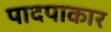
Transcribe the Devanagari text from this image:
पादपाकार